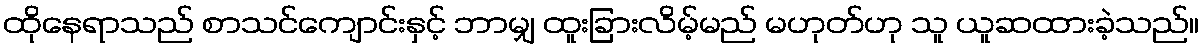
ထိုနေရာသည် စာသင်ကျောင်းနှင့် ဘာမျှ ထူးခြားလိမ့်မည် မဟုတ်ဟု သူ ယူဆထားခဲ့သည်။